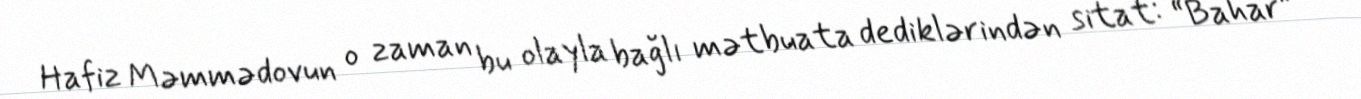
Hafiz Məmmədovun o zaman bu olayla bağlı mətbuata dediklərindən sitat: “Bahar”